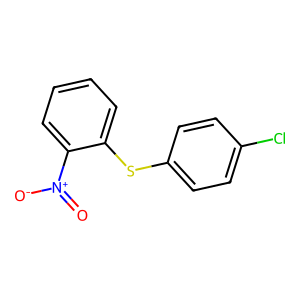
SMILES: O=[N+]([O-])c1ccccc1Sc1ccc(Cl)cc1
Inhibits HIV replication: No